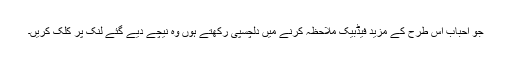
جو احباب اِس طرح کے مزید فیڈبیک ملاحظہ کرنے میں دلچسپی رکھتے ہوں وہ نیچے دیے گئے لنک پر کلک کریں۔